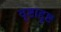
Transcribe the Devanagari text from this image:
दृष्टाद्दृष्ट